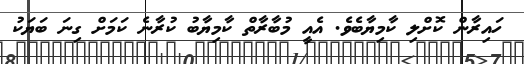
ހައިރާން ކޮށްލި ކާމިޔާބެވެ. އެއީ މުބާރާތް ކާމިޔާބު ކުރާނެ ކަމަށް ގިނަ ބަޔަކު